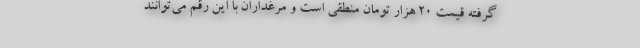
گرفته قیمت ۲۰ هزار تومان منطقی است و مرغداران با این رقم می‌توانند